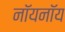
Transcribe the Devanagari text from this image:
नॉयनॉय